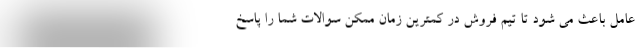
عامل باعث می شود تا تیم فروش در کمترین زمان ممکن سوالات شما را پاسخ